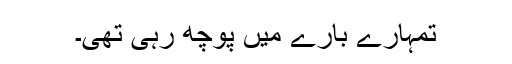
تمہارے بارے میں پوچھ رہی تھی۔